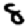
Digit: 8